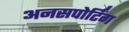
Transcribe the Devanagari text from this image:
अनसपोर्टिंग